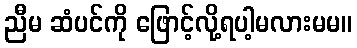
ညီမ ဆံပင်ကို ဖြောင့်လို့ရပါ့မလားမမ။